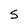
Character: S